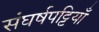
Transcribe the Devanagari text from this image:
संघर्षपट्टियाँ